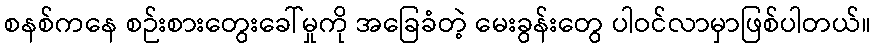
စနစ်ကနေ စဉ်းစားတွေးခေါ်မှုကို အခြေခံတဲ့ မေးခွန်းတွေ ပါဝင်လာမှာဖြစ်ပါတယ်။